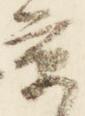
京